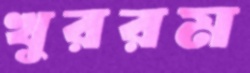
খুররম